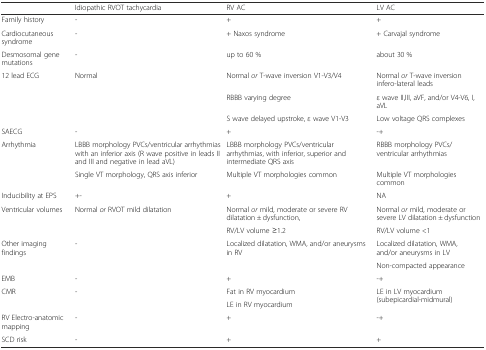
<table><thead><tr><td></td><td><b>Idiopathic RVOT tachycardia</b></td><td><b>RV AC</b></td><td><b>LV AC</b></td></tr></thead><tbody><tr><td>Family history</td><td>-</td><td>+</td><td>+</td></tr><tr><td>Cardiocutaneous syndrome</td><td>-</td><td>+ Naxos syndrome</td><td>+ Carvajal syndrome</td></tr><tr><td>Desmosomal gene mutations</td><td>-</td><td>up to 60 %</td><td>about 30 %</td></tr><tr><td rowspan="3">12 lead ECG</td><td rowspan="3">Normal</td><td>Normal <i>or</i> T-wave inversion V1-V3/V4</td><td>Normal <i>or</i> T-wave inversion infero-lateral leads</td></tr><tr><td>RBBB varying degree</td><td>ε wave II,III, aVF, and/or V4-V6, I, aVL</td></tr><tr><td>S wave delayed upstroke, ε wave V1-V3</td><td>Low voltage QRS complexes</td></tr><tr><td>SAECG</td><td>-</td><td>+</td><td>-+</td></tr><tr><td rowspan="2">Arrhythmia</td><td>LBBB morphology PVCs/ventricular arrhythmias with an inferior axis (R wave positive in leads II and III and negative in lead aVL)</td><td>LBBB morphology PVCs/ventricular arrhythmias, with inferior, superior and intermediate QRS axis</td><td>RBBB morphology PVCs/ventricular arrhythmias</td></tr><tr><td>Single VT morphology, QRS axis inferior</td><td>Multiple VT morphologies common</td><td>Multiple VT morphologies common</td></tr><tr><td>Inducibility at EPS</td><td>+-</td><td>+</td><td>NA</td></tr><tr><td rowspan="2">Ventricular volumes</td><td>Normal <i>or</i> RVOT mild dilatation</td><td>Normal <i>or</i> mild, moderate or severe RV dilatation ± dysfunction,</td><td>Normal <i>or</i> mild, moderate or severe LV dilatation ± dysfunction</td></tr><tr><td></td><td>RV/LV volume ≥1.2</td><td>RV/LV volume &lt;1</td></tr><tr><td rowspan="2">Other imaging findings</td><td>-</td><td>Localized dilatation, WMA, and/or aneurysms in RV</td><td>Localized dilatation, WMA, and/or aneurysms in LV</td></tr><tr><td></td><td></td><td>Non-compacted appearance</td></tr><tr><td>EMB</td><td>-</td><td>+</td><td>-+</td></tr><tr><td rowspan="2">CMR</td><td rowspan="2">-</td><td>Fat in RV myocardium</td><td rowspan="2">LE in LV myocardium (subepicardial-midmural)</td></tr><tr><td>LE in RV myocardium</td></tr><tr><td>RV Electro-anatomic mapping</td><td>-</td><td>+</td><td>-+</td></tr><tr><td>SCD risk</td><td>-</td><td>+</td><td>+</td></tr></tbody></table>